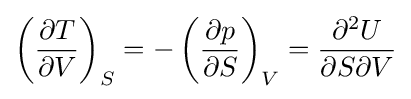
\left({\frac {\partial T}{\partial V}}\right)_{S}=-\left({\frac {\partial p}{\partial S}}\right)_{V}={\frac {\partial ^{2}U}{\partial S\partial V}}